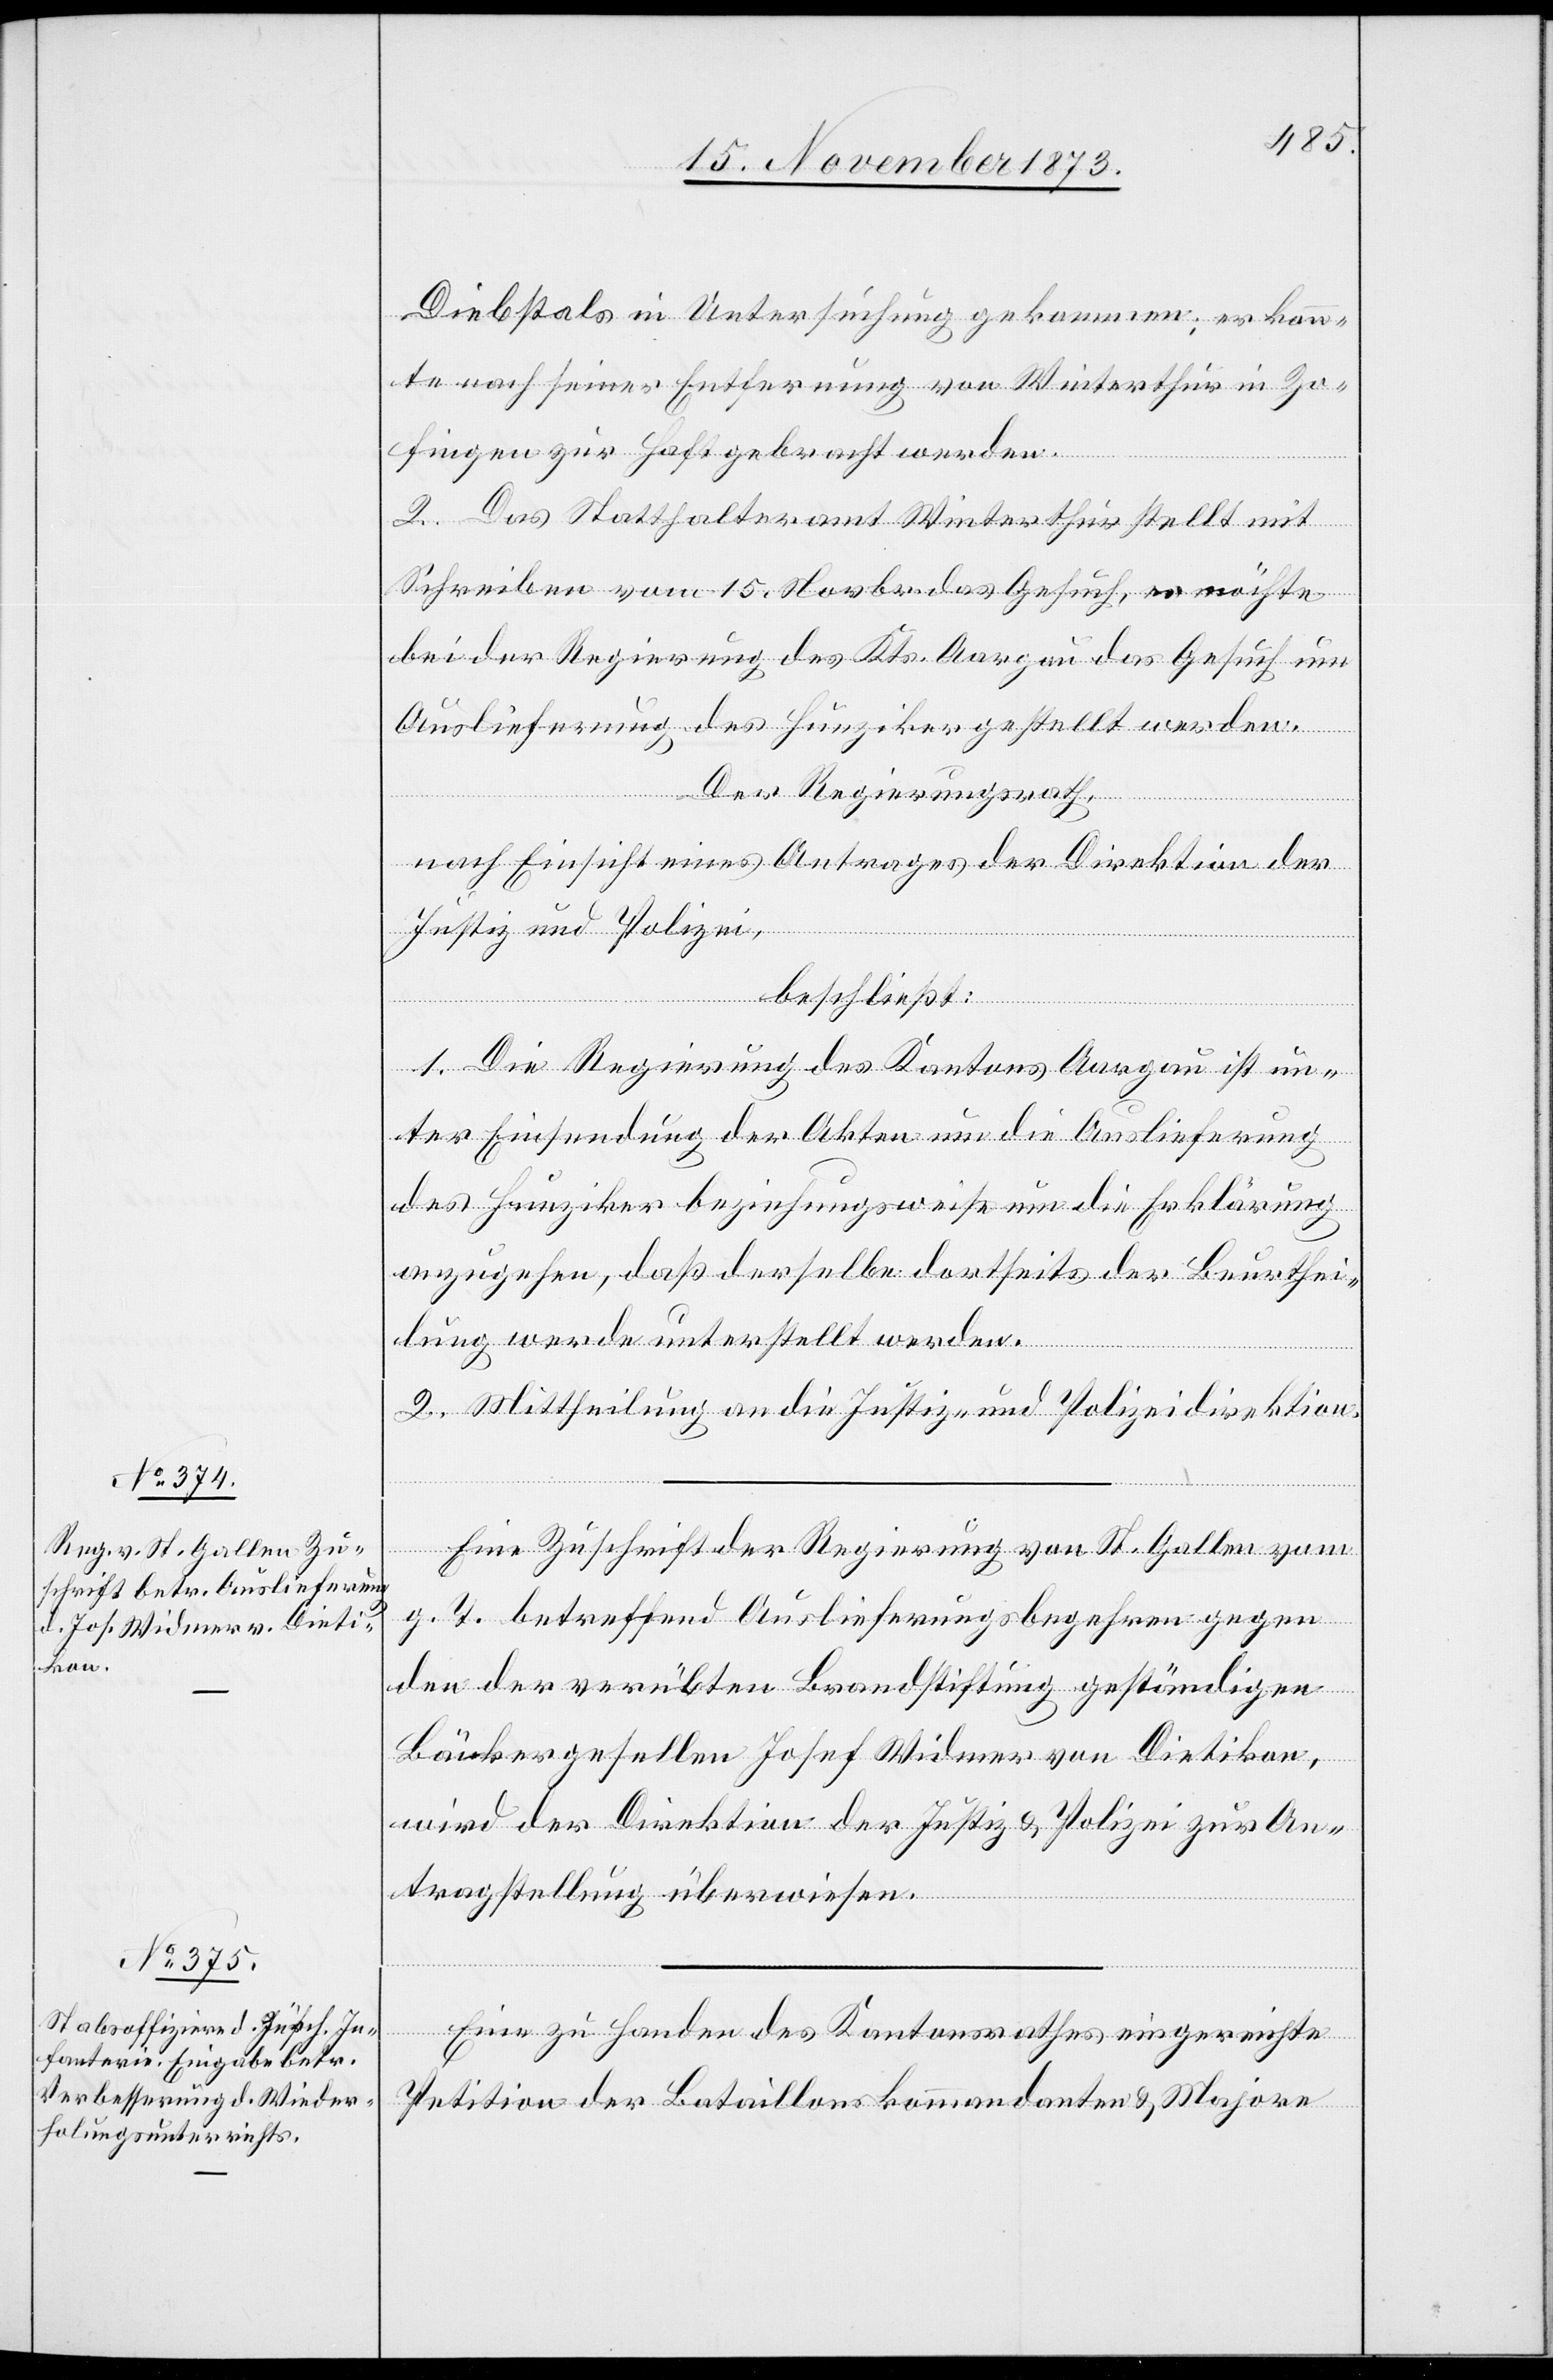
18. November 1873.]
Diebstals in Untersuchung gekommen; er konn¬
te nach seiner Entfernung von Winterthur in Zo¬
fingen zur Haft gebracht werden.
2. Das Statthalteramt Winterthur stellt mit
Schreiben vom 15. Novbr. das Gesuch, es möchte
bei der Regierung des Kts. Aargau das Gesuch um
Auslieferung des Hunziker gestellt werden.
Der Regierungsrath,
nach Einsicht eines Antrages der Direktion der
Justiz und Polizei,
beschließt:
1. Die Regierung des Kantons Aargau ist un¬
ter Einsendung der Akten um die Auslieferung
des Hunziker beziehungsweise um die Erklärung
anzugehen, daß derselbe dortseits der Beurthei¬
lung werde unterstellt werden.
2. Mittheilung an die Justiz- und Polizeidirektion.
Eine Zuschrift der Regierung von St. Gallen vom
g. T. betreffend Auslieferungsbegehren gegen
den der verübten Brandstiftung geständigen
Bäckergesellen Josef Widmer von Dietikon,
wird der Direktion der Justiz & Polizei zur An¬
tragstellung überwiesen.
Eine zu Handen des Kantonsrathes eingereichte
Petition der Bataillonskommandanten & Majore